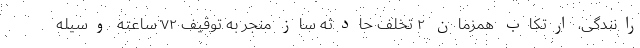
رانندگی، ارتکاب همزمان ۲ تخلف حادثه ساز منجر به توقیف ۷۲ ساعته وسیله